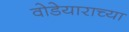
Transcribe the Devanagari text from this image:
वोडेयाराच्या